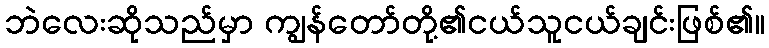
ဘဲလေးဆိုသည်မှာ ကျွန်တော်တို့၏ငယ်သူငယ်ချင်းဖြစ်၏။